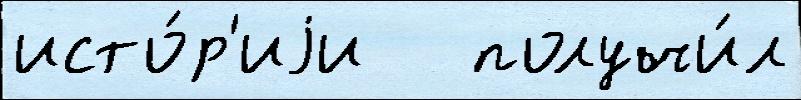
исто́р'иjи   получи́л